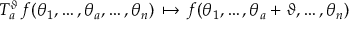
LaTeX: T _ { a } ^ { \vartheta } \, f ( \theta _ { 1 } , \ldots , \theta _ { a } , \ldots , \theta _ { n } ) \, \mapsto \, f ( \theta _ { 1 } , \ldots , \theta _ { a } + \vartheta , \ldots , \theta _ { n } ) \, \, \,